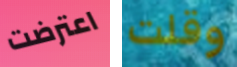
اعترضت وقلت